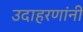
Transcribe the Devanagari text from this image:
उदाहरणांनी